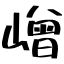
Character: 嶒